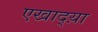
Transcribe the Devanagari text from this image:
एखाद्य़ा